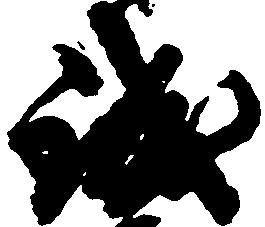
誠